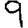
Digit: 9